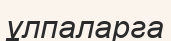
ұлпаларга